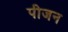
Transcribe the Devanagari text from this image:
पीजन